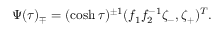
\Psi ( \tau ) _ { \mp } = ( \cosh \tau ) ^ { \pm 1 } ( f _ { 1 } f _ { 2 } ^ { - 1 } \zeta _ { - } , \zeta _ { + } ) ^ { T } .